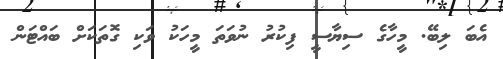
އެބަ ލިބޭ. މީހާގެ ސިޔާސީ ފިކުރު ނުވަތަ މީހަކު ވަކި ގޮތަކަށް ބައްޓަން